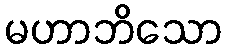
မဟာဘိသော